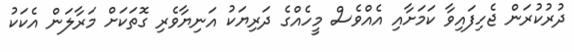
ދުރުކުރަން ޖެހިފައިވާ ކަމަށާއި އެއްވެސް މީހެއްގެ ދަރިޔަކު އަނިޔާވެރި ގޮތަކަށް މަރާލަން އެކަކު